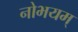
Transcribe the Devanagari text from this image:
नोभयम्